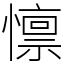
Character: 懔